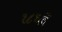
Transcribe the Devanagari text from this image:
१८६वें